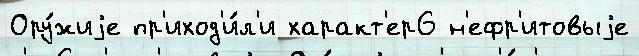
Ору́жиjе пр'иход'и́л'и характ'ер6 н'ефр'итовыjе